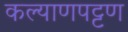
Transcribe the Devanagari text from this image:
कल्याणपट्टण